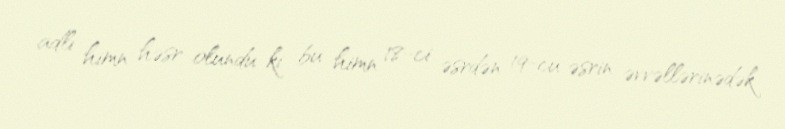
adlı himn həsr olundu ki bu himn 18-ci əsrdən 19-cu əsrin əvvəllərinədək